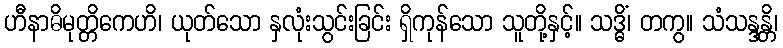
ဟီနာဓိမုတ္တိကေဟိ၊ ယုတ်သော နှလုံးသွင်းခြင်း ရှိကုန်သော သူတို့နှင့်။ သဒ္ဓိံ၊ တကွ။ သံသန္ဒန္တိ၊